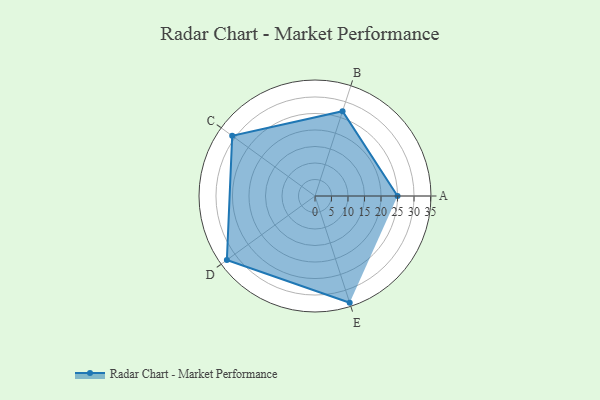
{"axis": {"x": "Skill", "y": "Score"}, "legend": ["Profile"], "data": [{"x": "A", "y": 25.0, "type": "Profile"}, {"x": "B", "y": 27.0, "type": "Profile"}, {"x": "C", "y": 31.0, "type": "Profile"}, {"x": "D", "y": 33.0, "type": "Profile"}, {"x": "E", "y": 34.0, "type": "Profile"}]}